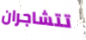
تتشاجران